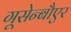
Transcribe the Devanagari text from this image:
गूसेन्बौएर